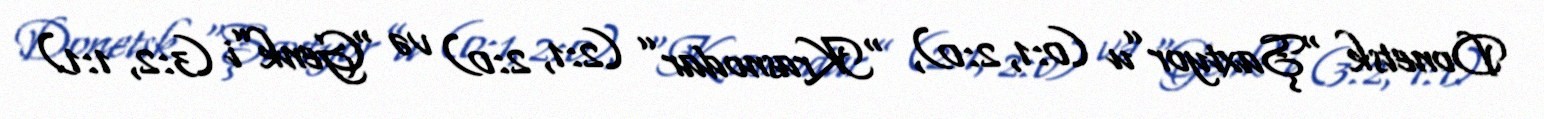
Donetsk “Şaxtyor”u (0:1, 2:0), “Krasnodar” (2:1, 2:0) və “Genk”i (3:2, 1:1)